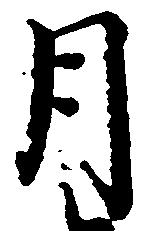
月